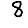
Digit: 8